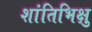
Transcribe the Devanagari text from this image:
शांतिभिक्षु